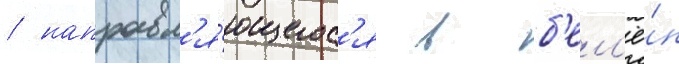
/ направл'я́ющегос'я в б'ел'ё́н